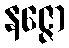
နဇ္ဇော